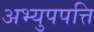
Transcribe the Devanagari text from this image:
अभ्युपपत्ति